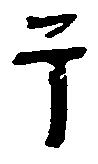
于